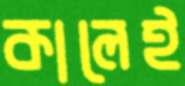
কালেই